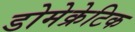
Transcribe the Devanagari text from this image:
डोमेक्रेटिक